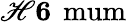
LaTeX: \mathscr{H}\le6\, \mathrm{{{\ mum}}}